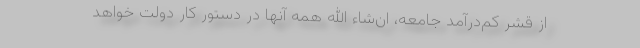
از قشر کم‌درآمد جامعه، ان‌شاء الله همه آنها در دستور کار دولت خواهد